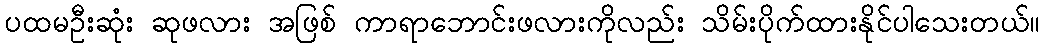
ပထမဦးဆုံး ဆုဖလား အဖြစ် ကာရာဘောင်းဖလားကိုလည်း သိမ်းပိုက်ထားနိုင်ပါသေးတယ်။